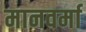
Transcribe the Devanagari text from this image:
मानवर्मा